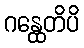
ဂန္ထေတိပိ